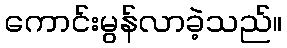
ကောင်းမွန်လာခဲ့သည်။